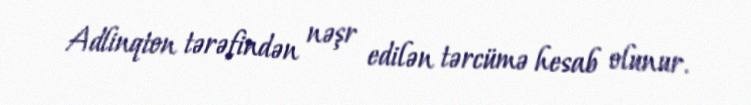
Adlinqton tərəfindən nəşr edilən tərcümə hesab olunur.